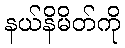
နယ်နိမိတ်ကို